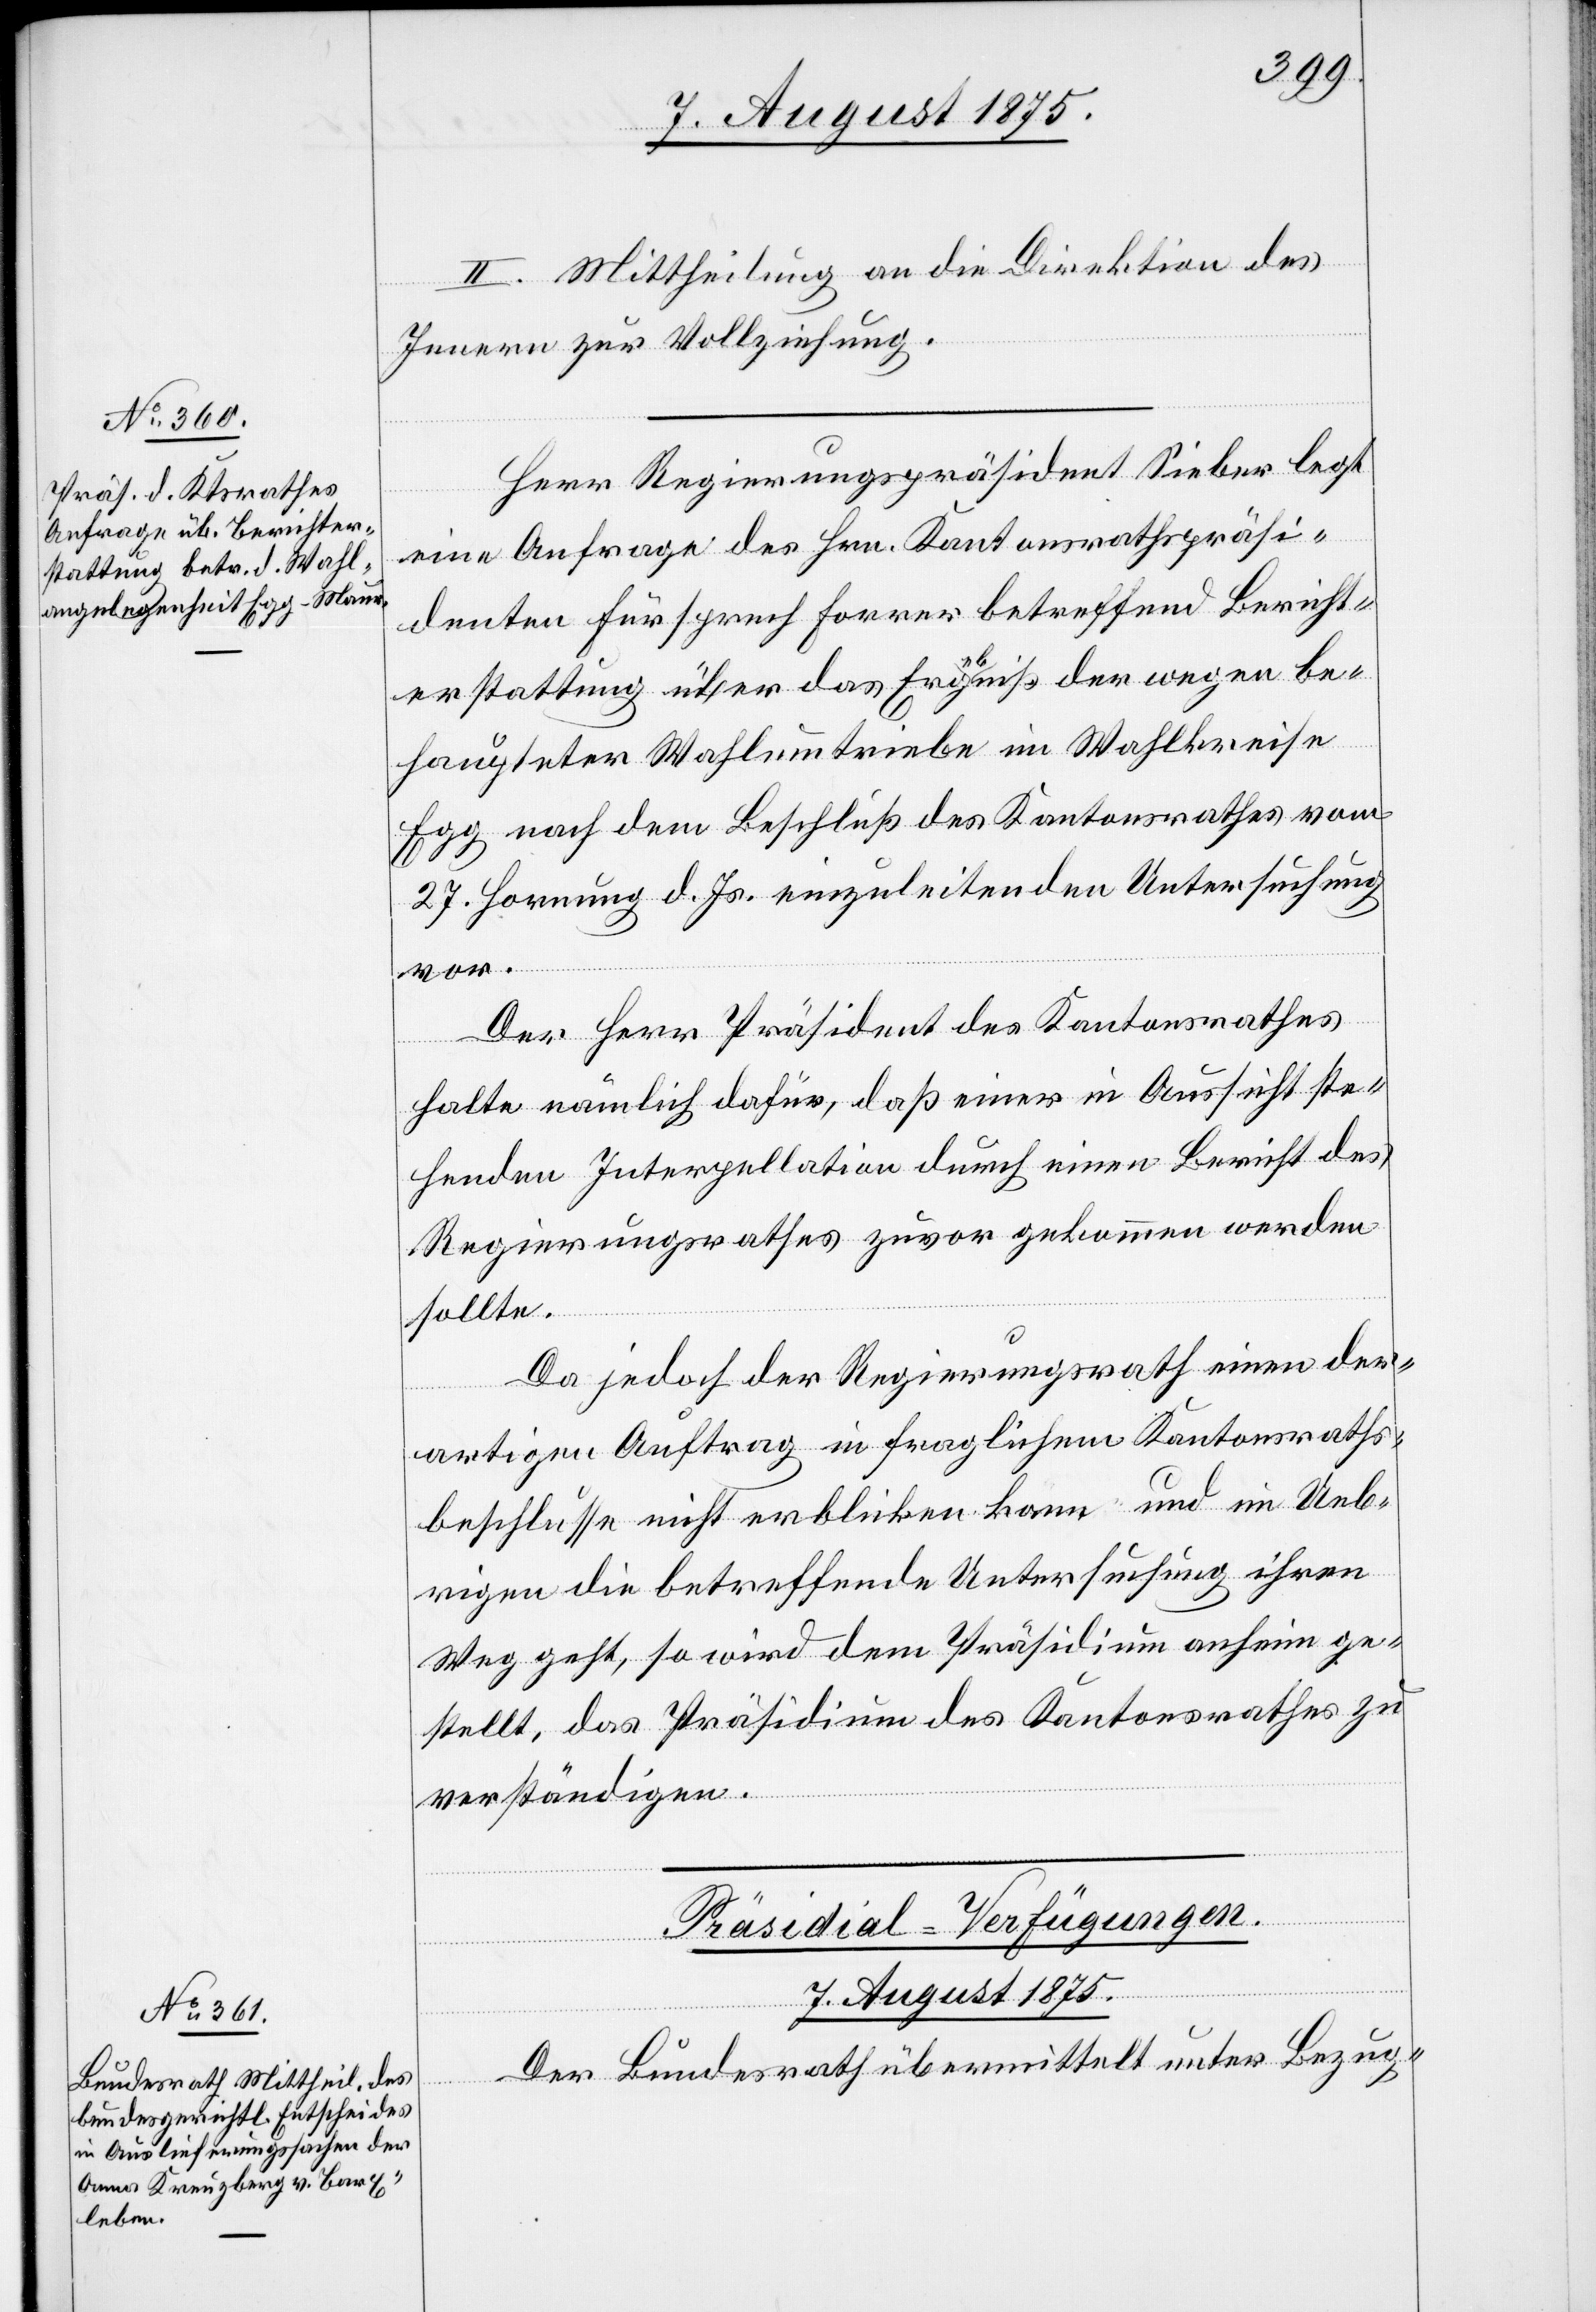
II. Mittheilung an die Direktion des
Innern zur Vollziehung.
Herr Regierungspräsident Sieber legt
eine Anfrage des Hrn. Kantonsrathspräsi¬
denten Fürsprech Forrer betreffend Bericht¬
erstattung über das Ergebniß der wegen be¬
haupteter Wahlumtriebe im Wahlkreise
Egg nach dem Beschluß des Kantonsrathes vom
27. Hornung d. Js. einzuleitenden Untersuchung
Der Herr Präsident des Kantonsrathes
halte nämlich dafür, daß einer in Aussicht ste¬
henden Interpellation durch einen Bericht des
Regierungsrathes zuvor gekommen werden
sollte.
Da jedoch der Regierungsrath einen der¬
artigen Auftrag in fraglichem Kantonsraths¬
beschlusse nicht erblicken kann und im Ueb¬
rigen die betreffende Untersuchung ihren
Weg geht, so wird dem Präsidium anheim ge¬
stellt, das Präsidium des Kantonsrathes zu
verständigen.
Präsidial-Verfügungen.
7. August 1875.
Der Bundesrath übermittelt unter Bezug-